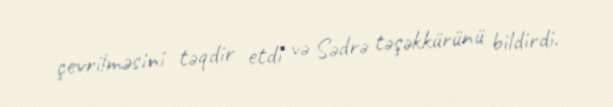
çevrilməsini təqdir etdi və Sədrə təşəkkürünü bildirdi.